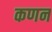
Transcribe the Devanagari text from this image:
कणन